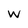
Character: W